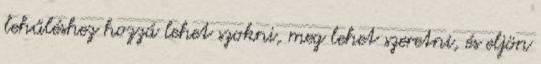
lehűléshez hozzá lehet szokni, meg lehet szeretni, és eljön